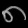
Digit: ၈